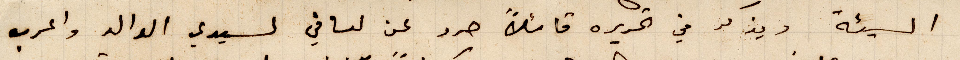
السيئة ويذكر في تحريره قائلًا حرد عن لساني لسيدي الوالد واعرب